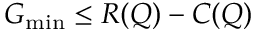
G _ { \operatorname* { m i n } } \leq R ( Q ) - C ( Q )